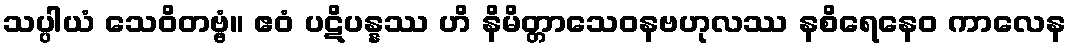
သပ္ပါယံ သေဝိတဗ္ဗံ။ ဧဝံ ပဋိပန္နဿ ဟိ နိမိတ္တာသေဝနဗဟုလဿ နစိရေနေဝ ကာလေန